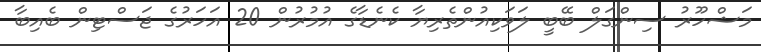
މަޝްހޫރު ސިންގަލް ބޭބީ ލަވަކިއުންތެރިޔާ ކެނެޑާގެ އުމުރުން 20 އަހަރުގެ ޖަސްޓިން ބެއިބާ